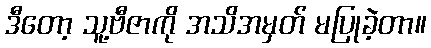
ဒီတော့ သူ့ဗီဇာကို အသိအမှတ် မပြုခဲ့တာ။